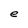
Character: e